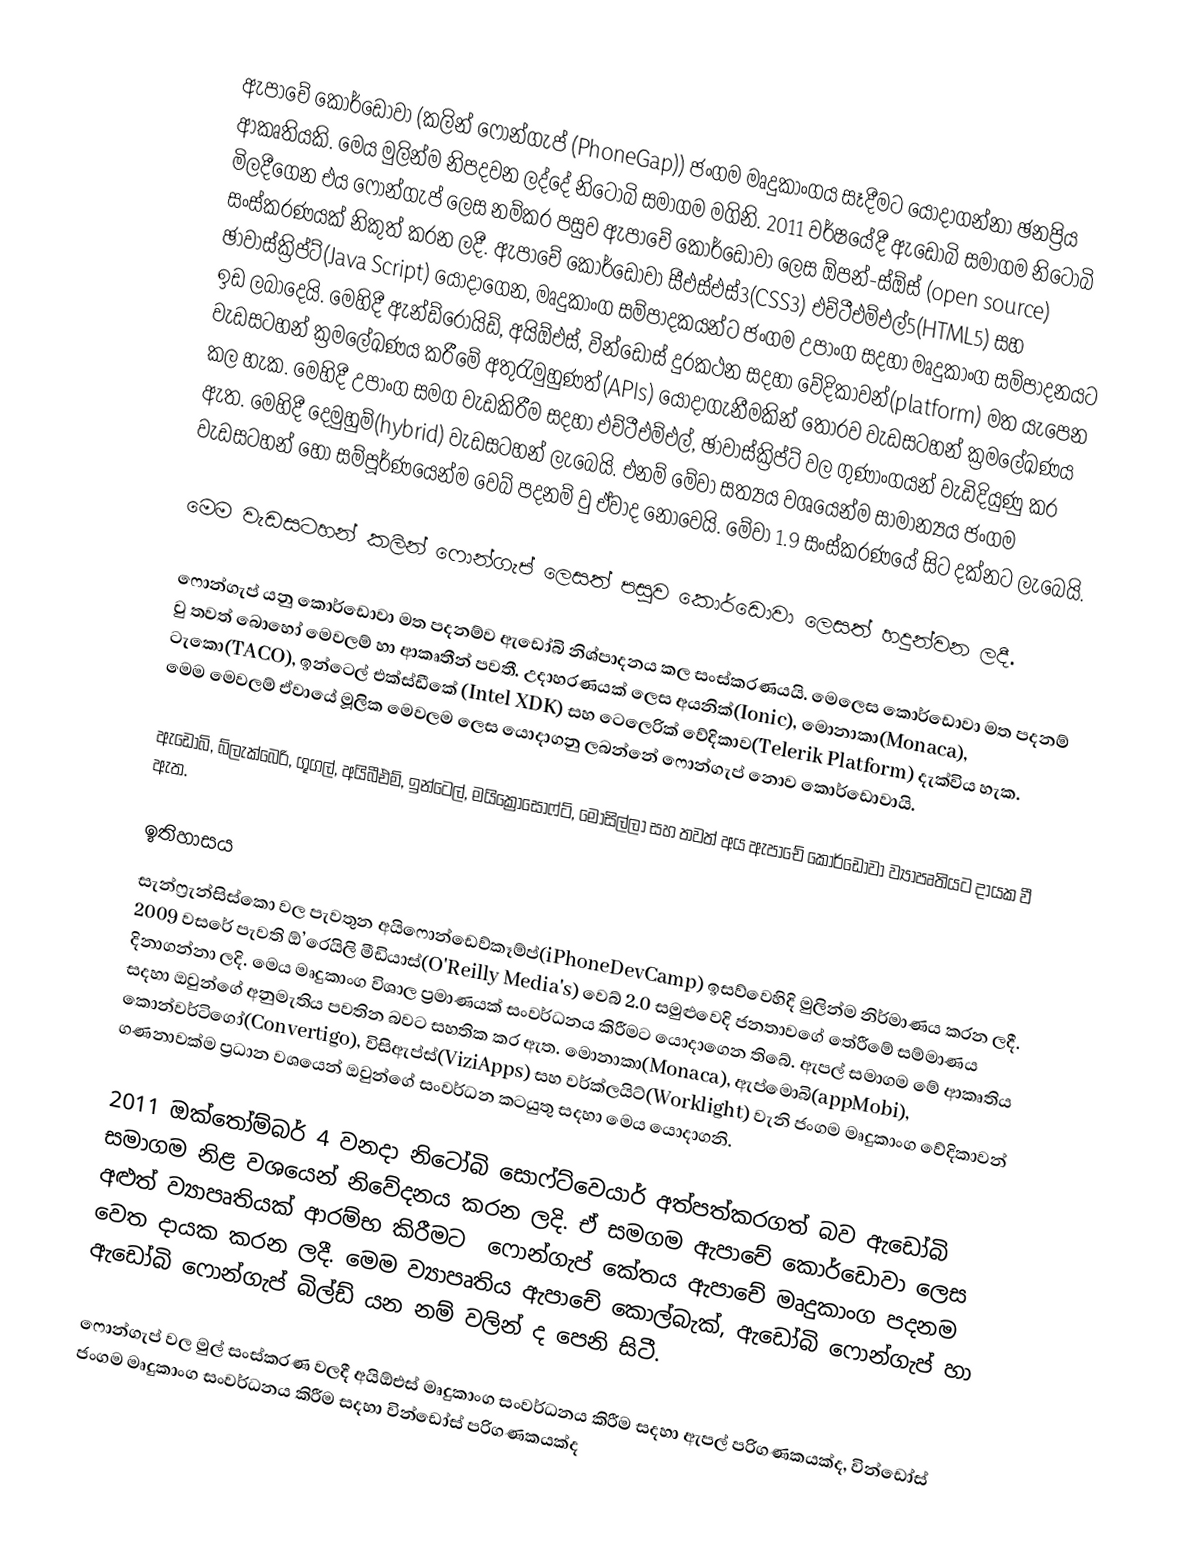
ඇපාචේ කොර්ඩොවා (කලින් ෆොන්ගැප් (PhoneGap)) ජංගම මෘදුකාංගය සෑදීමට යොදාගන්නා ඡනප්‍රිය ආකෘතියකි. මෙය මුලින්ම නිපදවන ලද්දේ නිටෝබි සමාගම මගිනි. 2011 වර්ෂයේදී ඇඩෝබි සමාගම නිටෝබි මිලදීගෙන එය ෆොන්ගැප් ලෙස නම්කර පසුව ඇපාචේ කොර්ඩොවා ලෙස ඕපන්-ස්ඕස් (open source) සංස්කරණයක් නිකුත් කරන ලදී. ඇපාචේ කොර්ඩොවා සීඑස්එස්3(CSS3) එච්ටීඑම්එල්5(HTML5) සහ ඡාවාස්ක්‍රිප්ට්(Java Script) යොදාගෙන, මෘදුකාංග සම්පාදකයන්ට ජංගම උපාංග සදහා මෘදුකාංග සම්පාදනයට ඉඩ ලබාදෙයි. මෙහිදී ඇන්ඩ්රොයිඩ්, අයිඕඑස්, වින්ඩොස් දුරකථන සදහා වේදිකාවන්(platform) මත යැපෙන වැඩසටහන් ක්‍රමලේඛණය කරීමේ අතුරැමුහුණත්(APIs) යොදාගැනීමකින් තොරව වැඩසටහන් ක්‍රමලේඛණය කල හැක. මෙහිදී උපාංග සමග වැඩකිරීම සදහා එච්ටීඑම්එල්, ඡාවාස්ක්‍රිප්ට් වල ගුණාංගයන් වැඩිදියුණු කර ඇත. මෙහිදී දෙමුහුම්(hybrid) වැඩසටහන් ලැබෙයි. එනම් මේවා සත්‍යය වශයෙන්ම සාමාන්‍යය ජංගම වැඩසටහන් හෝ  සම්පූර්ණයෙන්ම වෙබ් පදනම් වු ඒවාද නොවෙයි. මේවා 1.9 සංස්කරණයේ සිට දක්නට ලැබෙයි.

මෙම වැඩසටහන් කලින් ෆොන්ගැප් ලෙසත් පසුව කොර්ඩොවා ලෙසත් හදුන්වන ලදී.

ෆොන්ගැප් යනු කොර්ඩොවා මත පදනම්ව ඇඩෝබි නිශ්පාදනය කල සංස්කරණයයි. මෙලෙස කොර්ඩොවා මත පදනම් වු තවත් බොහෝ මෙවලම් හා ආකෘතීන් පවතී. උදාහරණයක් ලෙස අයනික්(Ionic), මොනාකා(Monaca), ටැකො(TACO), ඉන්ටෙල් එක්ස්ඩීකේ (Intel XDK) සහ ටෙලෙරික් වේදිකාව(Telerik Platform) දැක්විය හැක. මෙම මෙවලම් ඒවායේ මූලික මෙවලම ලෙස යොදාගනු ලබන්නේ ෆොන්ගැප් නොව කොර්ඩොවායි.

ඇඩෝබි, බ්ලැක්බෙරි, ගූගල්, අයිබීඑම්, ඉන්ටෙල්, මයික්‍රොසොෆ්ට්, මොසිල්ලා සහ තවත් අය ඇපාචේ කොර්ඩොවා ව්‍යාපෘතියට දායක වී ඇත.

ඉතිහාසය
සැන්ෆ්‍රැන්සිස්කො වල පැවතුන අයිෆොන්ඩෙව්කෑම්ප්(iPhoneDevCamp) ඉසව්වෙහිදි මුලින්ම නිර්මාණය කරන ලදී. 2009 වසරේ පැවති  ඕ’රෙයිලි මීඩියාස්(O'Reilly Media's)  වෙබ් 2.0 සමුළුවෙදි ජනතාවගේ තේරීමේ සම්මාණය දිනාගන්නා ලදි. මෙය මෘදුකාංග විශාල ප්‍රමාණයක් සංවර්ධනය කිරීමට යොදාගෙන තිබේ. ඇපල් සමාගම මේ ආකෘතිය සදහා ඔවුන්ගේ අනුමැතිය පවතින බවට සහතික කර ඇත. මොනාකා(Monaca), ඇප්මොබි(appMobi), කොන්වර්ටිගෝ(Convertigo), විසිඇප්ස්(ViziApps) සහ වර්ක්ලයිට්(Worklight) වැනි ජංගම මෘදුකාංග වේදිකාවන් ගණනාවක්ම ප්‍රධාන වශයෙන් ඔවුන්ගේ සංවර්ධන කටයුතු සදහා මෙය යොදාගනි.

2011 ඔක්තෝම්බර් 4 වනදා නිටෝබි සොෆ්ට්වෙයාර් අත්පත්කරගත් බව ඇඩෝබි සමාගම නිළ වශයෙන් නිවේදනය කරන ලදි. ඒ සමගම  ඇපාචේ කොර්ඩොවා ලෙස අළුත් ව්‍යාපෘතියක් ආරම්භ කිරීමට ‍ ෆොන්ගැප් කේතය ඇපාචේ මෘදුකාංග පදනම වෙත දායක කරන ලදී. මෙම ව්‍යාපෘතිය ඇපාචේ කොල්බැක්, ඇඩෝබි ෆොන්ගැප් හා ඇඩෝබි ෆොන්ගැප් බිල්ඩ් යන නම් වලින් ද පෙනි සිටී.

ෆොන්ගැප් වල මුල් සංස්කරණ වලදී අයිඕඑස් මෘදුකාංග  සංවර්ධනය කිරීම සදහා ඇපල් පරිගණකයක්ද, වින්ඩෝස් ජංගම මෘදුකාංග  සංවර්ධනය කිරීම සදහා වින්ඩෝස් පරිගණකයක්ද